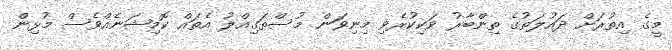
މީގެ އިތުރަށް ދައުލަތުގެ ތިންބާރު ވަކިކުރެވި މިނިވަން މުސްތަގިއްލު އެތައް ކޮމިޝަނެއްވެސް މުޅިން